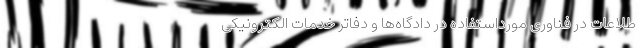
طلاعات در فناوری مورداستفاده در دادگاه‌ها و دفاتر خدمات الکترونیکی